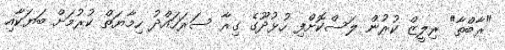
"ރާބްތާ" ރިލީޒް ކުރުން ލަސްކޮށްފި ހުޅުދޫގެ ގިރާ ސަރަހައްދު ހިމާޔަތް ކުރުމަށް ބަޔަކާއި